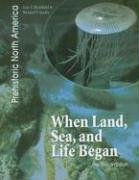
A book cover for When Land, Sea, and Life Began: The Precambrian (Prehistoric North America); Jean F. Blashfield; Children's Books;